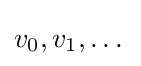
v_{0},v_{1},\dotsc